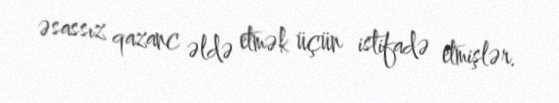
əsassız qazanc əldə etmək üçün istifadə etmişlər.